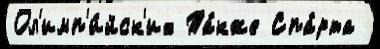
Ол'имп'и́йск'их Та́кже Спа́рта